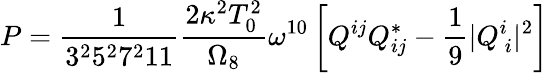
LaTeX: P=\frac{1}{3^{2}5^{2}7^{2}11}\frac{2\kappa^{2}T_{0}^{2}}{\Omega_{8}}\omega^{10}\left[Q^{ij}Q_{ij}^{*}-\frac{1}{9}|Q_{\ i}^{i}|^{2}\right]